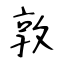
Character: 敦